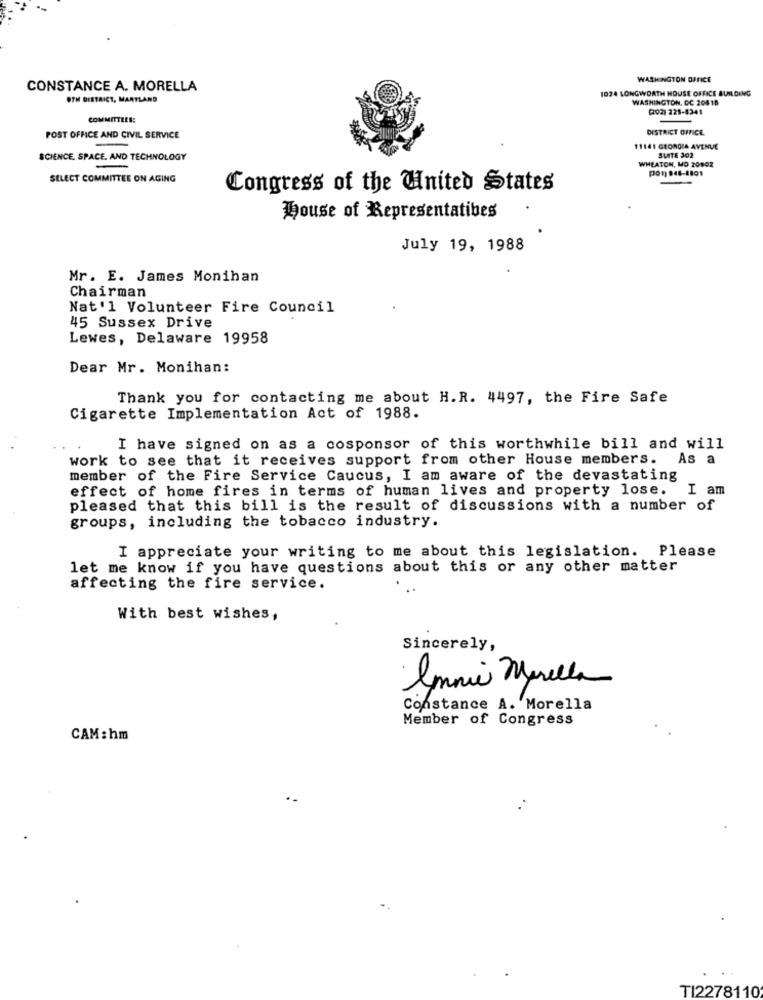
WASHINGTON OFFICE
CONSTANCE A. MORELLA
1024 LONGWORTH HOUSE OFFICE BUILDING
UTM DISTRICT, MARTLAND
WASHINGTON, DC 208 18
(202) 228-8341
COMMITTEES:
DISTRICT OFFICE
POST OFFICE AND CIVIL SERVICE
11141 GEORGIA AVENUE
SCIENCE. SPACE. AND TECHNOLOGY
WHEATON, MO 20902
SUITE 302
SELECT COMMITTEE ON AGING
Congress of the United States
House of Representatives
July 19, 1988
Mr. E. James Monihan
Chairman
Nat'l Volunteer Fire Council
45 Sussex Drive
Lewes, Delaware 19958
Dear Mr. Monihan:
Thank you for contacting me about H.R. 4497, the Fire Safe
Cigarette Implementation Act of 1988.
I have signed on as a cosponsor of this worthwhile bill and will
work to see that it receives support from other House members.
As a
member of the Fire Service Caucus, I am aware of the devastating
effect of home fires in terms of human lives and property lose.
I am
pleased that this bill is the result of discussions with a number of
groups, including the tobacco industry.
I appreciate your writing to me about this legislation. Please
let me know if you have questions about this or any other matter
affecting the fire service.
.
With best wishes,
Sincerely,
Imnie Marella
Constance A. Morella
Member of Congress
CAM: hm
TI2278110